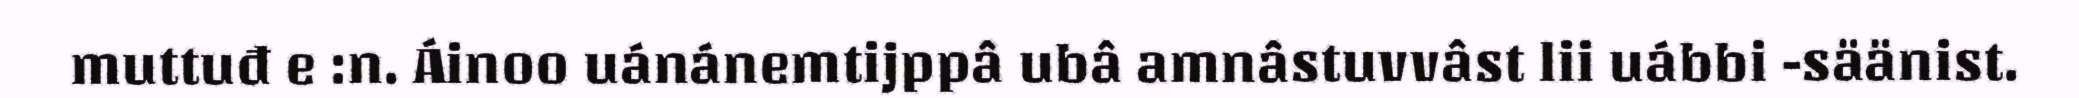
muttuđ e :n. Áinoo uánánemtijppâ ubâ amnâstuvvâst lii uábbi -säänist.